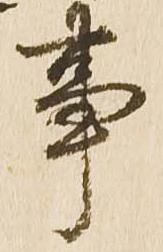
事